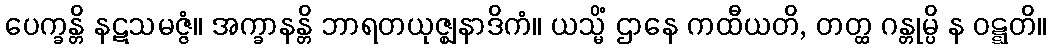
ပေက္ခန္တိ နဋသမဇ္ဇံ။ အက္ခာနန္တိ ဘာရတယုဇ္ဈနာဒိကံ။ ယသ္မိံ ဌာနေ ကထီယတိ, တတ္ထ ဂန္တုမ္ပိ န ဝဋ္ဋတိ။